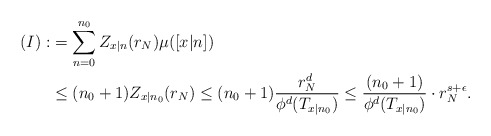
\begin{align*}(I):&=\sum_{n=0}^{n_0}Z_{x|n}(r_N)\mu([x|n])\\&\leq (n_0+1) Z_{x|n_0}(r_N)\leq (n_0+1) \frac{r_N^d}{\phi^d(T_{x|n_0})} \leq \frac{(n_0+1) }{\phi^d(T_{x|n_0})}\cdot r_N^{s+\epsilon}.\end{align*}